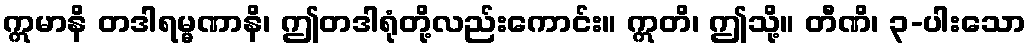
ဣမာနိ တဒါရမ္မဏာနိ၊ ဤတဒါရုံတို့လည်းကောင်း။ ဣတိ၊ ဤသို့။ တီဏိ၊ ၃-ပါးသော